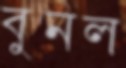
বুনল